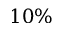
1 0 \%